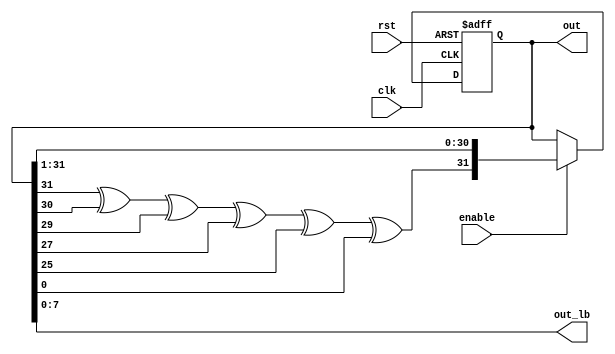
module lfsr(

  input wire rst,
  input wire clk,
  input wire enable,
  output wire [31:0]out,
  output wire [7:0]out_lb
);

reg [31:0]shift_reg;
assign out = shift_reg;
assign out_lb = shift_reg[7:0];
wire next_bit;
assign next_bit =
  shift_reg[31] ^
  shift_reg[30] ^
  shift_reg[29] ^
  shift_reg[27] ^
  shift_reg[25] ^
  shift_reg[ 0];

always @(posedge clk or posedge rst)
  if(rst)
    shift_reg <= 32'h00000001;
  else
  if(enable)
    shift_reg <= { next_bit, shift_reg[31:1] };

endmodule